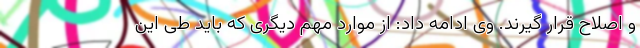
و اصلاح قرار گیرند. وی ادامه داد: از موارد مهم دیگری که باید طی این